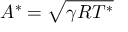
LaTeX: A ^ { * } = { \sqrt { \gamma R T ^ { * } } }